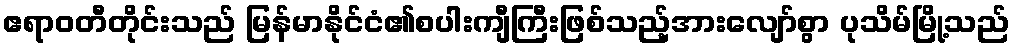
ဧရာဝတီတိုင်းသည် မြန်မာနိုင်ငံ၏စပါးကျီကြီးဖြစ်သည့်အားလျော်စွာ ပုသိမ်မြို့သည်